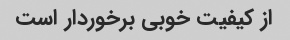
از کیفیت خوبی برخوردار است